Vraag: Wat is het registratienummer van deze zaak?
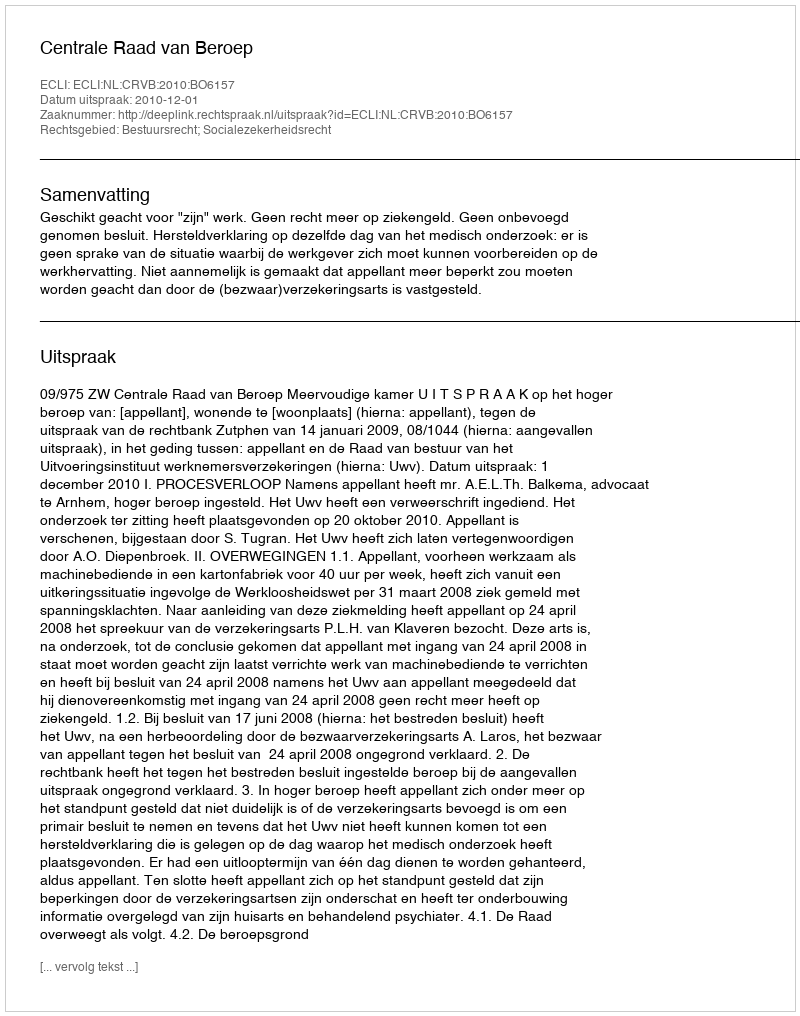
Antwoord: http://deeplink.rechtspraak.nl/uitspraak?id=ECLI:NL:CRVB:2010:BO6157